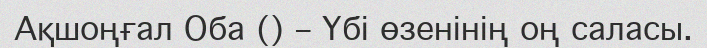
Ақшоңғал Оба () – Үбі өзенінің оң саласы.